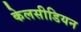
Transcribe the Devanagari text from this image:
केलसीडियन